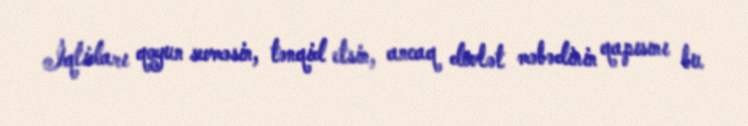
İqtidarı qoyun sevməsin, tənqid etsin, ancaq dövlət məbədinin qapısını bu